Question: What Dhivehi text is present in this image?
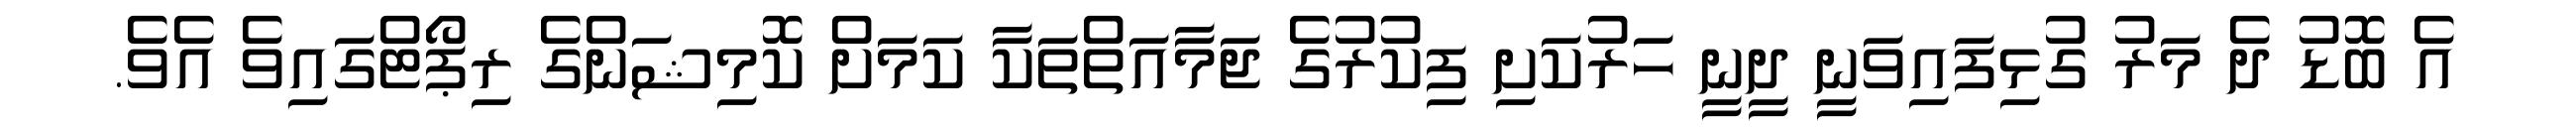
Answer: އެ ބޮޑު ދެ މަރު ގުޅިފައިވަނީ ދީނީ ހަރުކަށި ފިކުރުގެ ޖަމާއަތްތަކާ ކަމަށް ކޮމިޝަންގެ ރިޕޯޓްގައިވެ އެވެ.